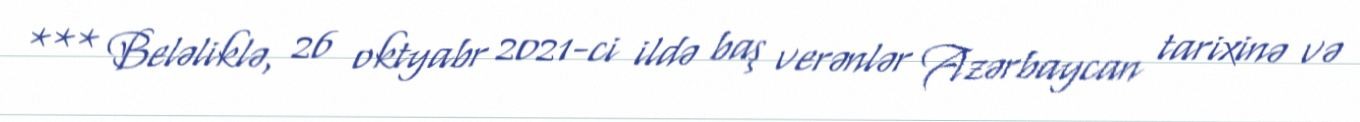
*** Beləliklə, 26 oktyabr 2021-ci ildə baş verənlər Azərbaycan tarixinə və